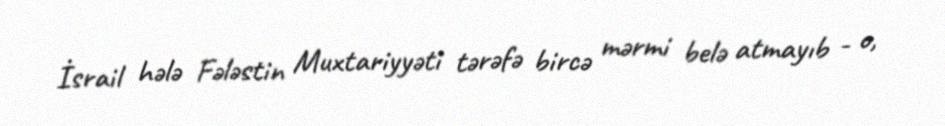
İsrail hələ Fələstin Muxtariyyəti tərəfə bircə mərmi belə atmayıb - o,